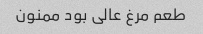
طعم مرغ عالی بود ممنون